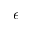
\epsilon